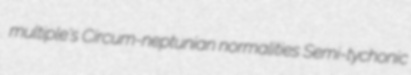
multiple's Circum-neptunian normalities Semi-tychonic